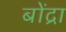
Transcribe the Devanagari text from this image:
बोंद्रा